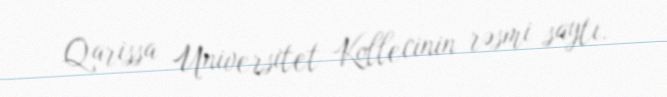
Qarissa Universitet Kollecinin rəsmi saytı.